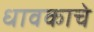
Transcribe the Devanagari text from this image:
धावकाचे